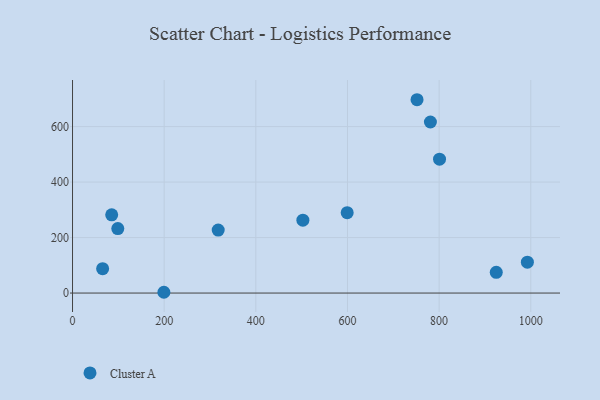
{"axis": {"x": "Speed", "y": "Demand"}, "legend": ["Cluster A"], "data": [{"x": "85.5", "y": 281.9, "type": "Cluster A"}, {"x": "502.7", "y": 262.8, "type": "Cluster A"}, {"x": "98.8", "y": 232.4, "type": "Cluster A"}, {"x": "924.7", "y": 74.6, "type": "Cluster A"}, {"x": "992.6", "y": 111.4, "type": "Cluster A"}, {"x": "751.8", "y": 696.9, "type": "Cluster A"}, {"x": "199.4", "y": 2.8, "type": "Cluster A"}, {"x": "800.9", "y": 482.7, "type": "Cluster A"}, {"x": "599.4", "y": 289.8, "type": "Cluster A"}, {"x": "65.7", "y": 87.9, "type": "Cluster A"}, {"x": "781.0", "y": 616.6, "type": "Cluster A"}, {"x": "317.9", "y": 227.1, "type": "Cluster A"}]}